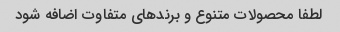
لطفا محصولات متنوع و برندهای متفاوت اضافه شود